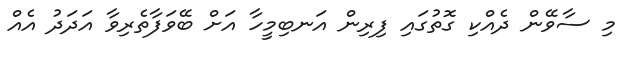
މި ސާވޭން ދެއްކި ގޮތުގައި ފިރިން އަނބިމީހާ އަށް ބޭވަފާތެރިވާ އަދަދު އެއް